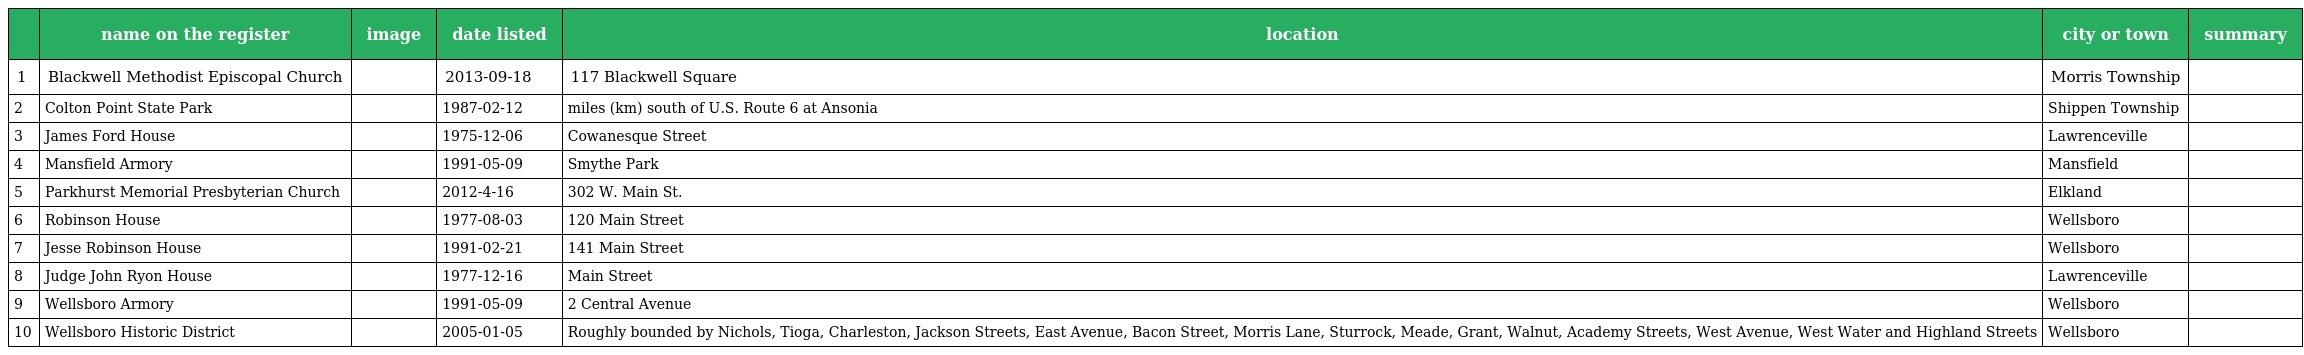
|  | name on the register | image | date listed | location | city or town | summary |
 | --- | --- | --- | --- | --- | --- | --- |
 | 1 | Blackwell Methodist Episcopal Church |  | 2013-09-18 | 117 Blackwell Square | Morris Township |  |
 | 2 | Colton Point State Park |  | 1987-02-12 | miles (km) south of U.S. Route 6 at Ansonia | Shippen Township |  |
 | 3 | James Ford House |  | 1975-12-06 | Cowanesque Street | Lawrenceville |  |
 | 4 | Mansfield Armory |  | 1991-05-09 | Smythe Park | Mansfield |  |
 | 5 | Parkhurst Memorial Presbyterian Church |  | 2012-4-16 | 302 W. Main St. | Elkland |  |
 | 6 | Robinson House |  | 1977-08-03 | 120 Main Street | Wellsboro |  |
 | 7 | Jesse Robinson House |  | 1991-02-21 | 141 Main Street | Wellsboro |  |
 | 8 | Judge John Ryon House |  | 1977-12-16 | Main Street | Lawrenceville |  |
 | 9 | Wellsboro Armory |  | 1991-05-09 | 2 Central Avenue | Wellsboro |  |
 | 10 | Wellsboro Historic District |  | 2005-01-05 | Roughly bounded by Nichols, Tioga, Charleston, Jackson Streets, East Avenue, Bacon Street, Morris Lane, Sturrock, Meade, Grant, Walnut, Academy Streets, West Avenue, West Water and Highland Streets | Wellsboro |  |